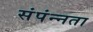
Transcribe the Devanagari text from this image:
संपंन्नता